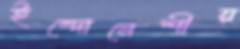
ইন্দোনেশীয়